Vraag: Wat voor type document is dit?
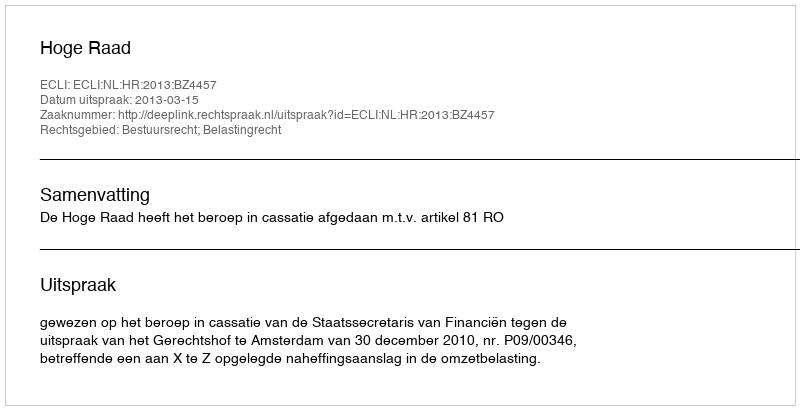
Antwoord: Uitspraak